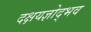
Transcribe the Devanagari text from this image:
दक्षयज्ञोद्भव